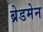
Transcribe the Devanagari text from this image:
ब्रेडमेन